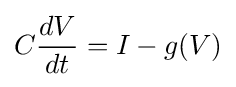
C{\frac {dV}{dt}}=I-g(V)